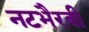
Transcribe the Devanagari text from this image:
नटभैरवी